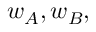
w _ { A } , w _ { B } ,